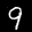
Label: 9